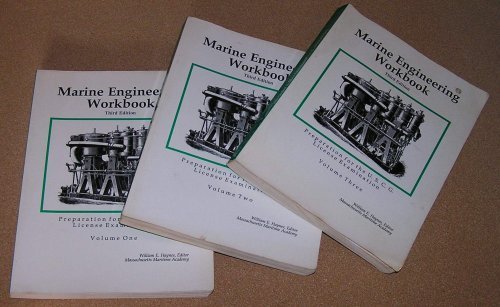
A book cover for Marine Engineering Workbook Third Edition: Preparation for the U. S. C. G. License Examination (Marine Engineering Workbook, Volume One, Two, and Three); Engineering & Transportation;